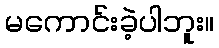
မကောင်းခဲ့ပါဘူး။